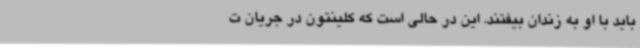
باید با او به زندان بیفتند. این در حالی است که کلینتون در جریان ت